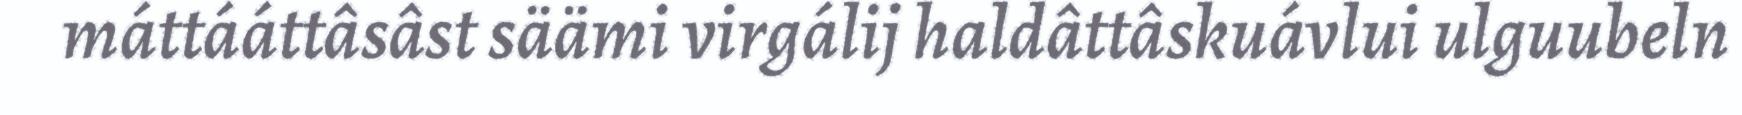
máttááttâsâst säämi virgálij haldâttâskuávlui ulguubeln